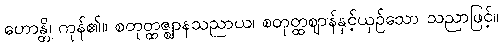
ဟောန္တိ၊ ကုန်၏။ စတုတ္ထဇ္ဈာနသညာယ၊ စတုတ္ထဈာန်နှင့်ယှဉ်သော သညာဖြင့်။